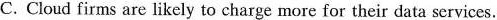
C. Cloud firms are likely to charge more for their data services.